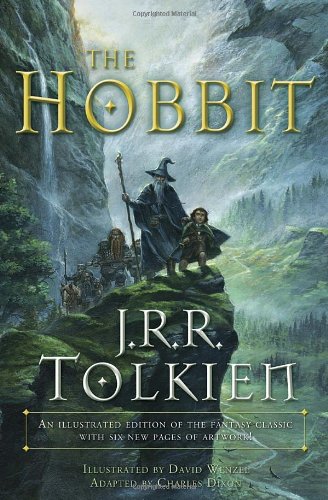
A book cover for The Hobbit: An Illustrated Edition of the Fantasy Classic; J. R. R. Tolkien; Science Fiction & Fantasy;